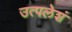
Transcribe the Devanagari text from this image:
उत्पलेशं